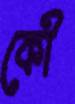
কৌ